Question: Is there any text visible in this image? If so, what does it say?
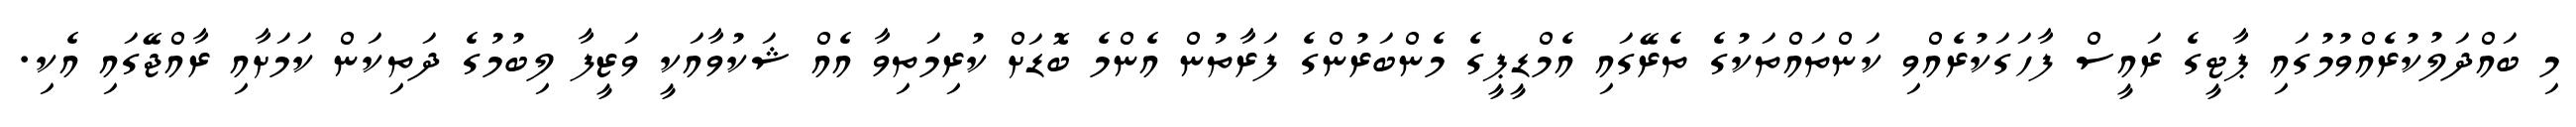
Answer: މި ބައްދަލުކުރެއްވުމުގައި ޕާޓީގެ ރައީސް ފާހަގަކުރެއްވި ކަންތައްތަކުގެ ތެރޭގައި އެމްޑީޕީގެ މެންބަރުންގެ ފަރާތުން އެންމެ ބޮޑަށް ކުރިމަތިވާ އެއް ޝަކުވާއަކީ ވަޒީފާ ލިބުމުގެ ދަތިކަން ކަމަށާއި ރާއްޖޭގައި އެކި.